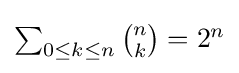
{\textstyle \sum _{0\leq {k}\leq {n}}{\binom {n}{k}}=2^{n}}